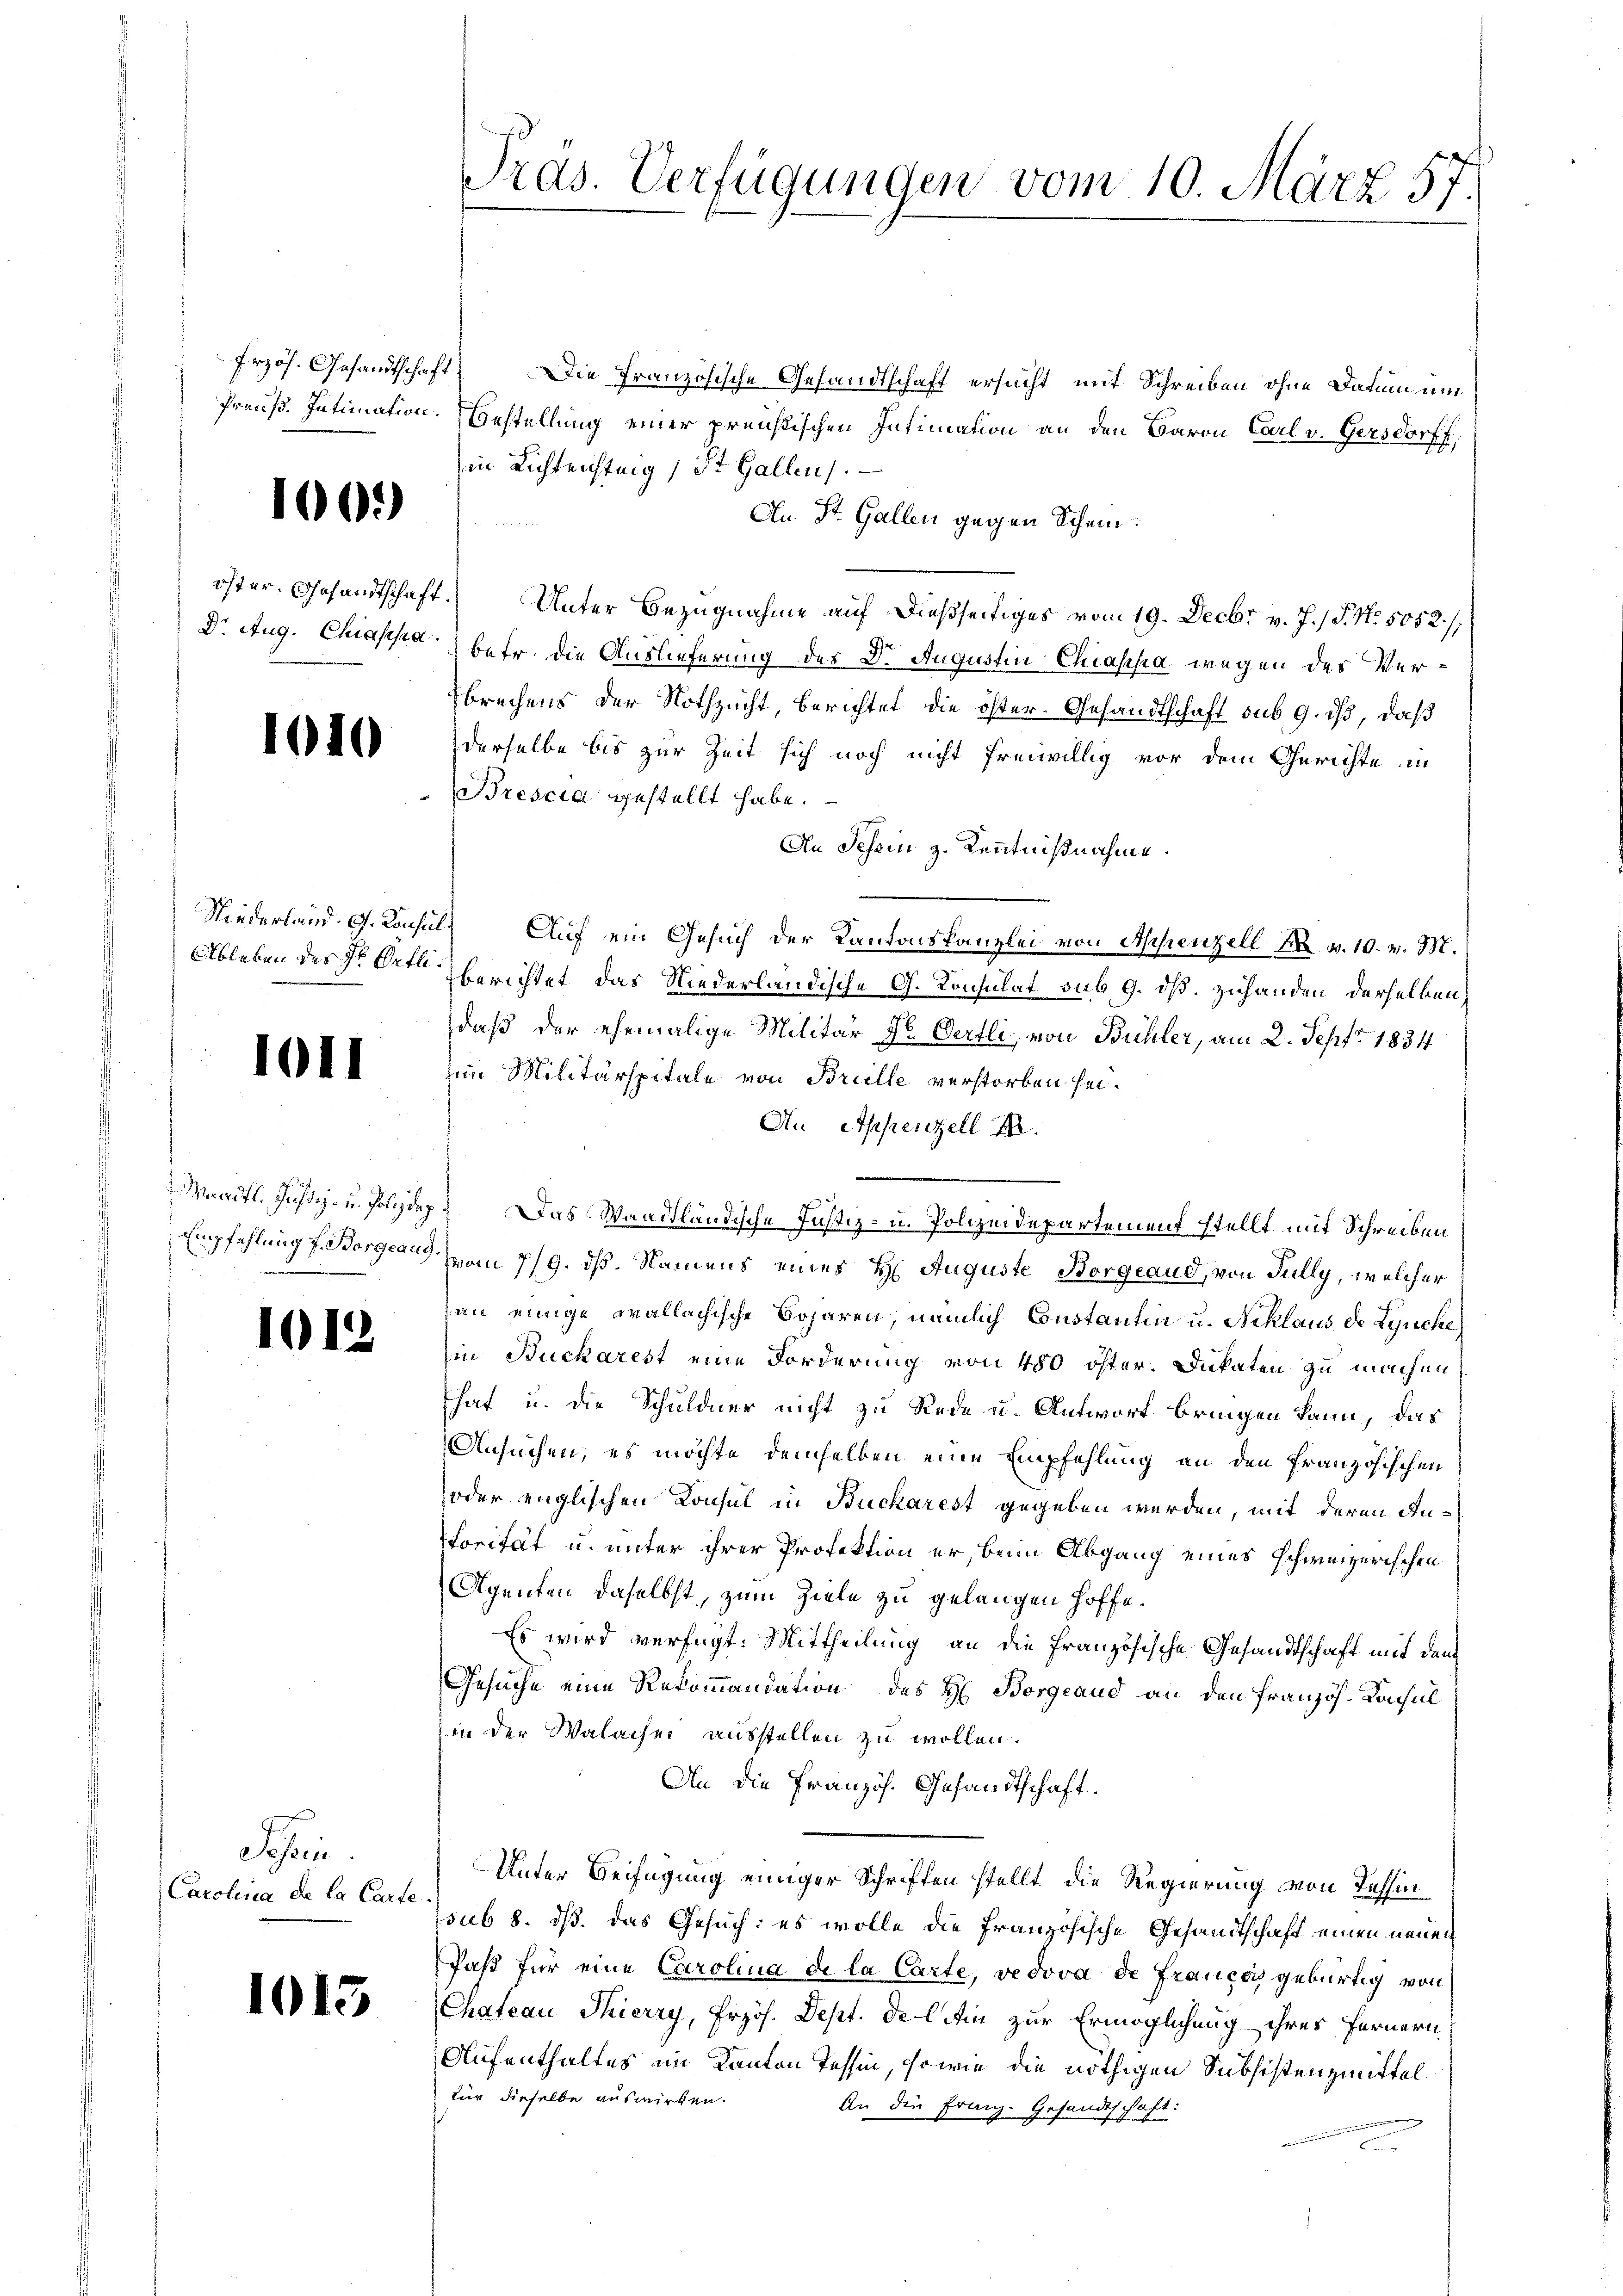
100.

öfter. Gesandtschaft
Dr. Aug. Chiassa.

1010

Niederland. G. Konsin
Ableben des Hr. Oetle

1011

e
Maaits. Justiz- u. Polizdep
Empfehlung f. Borgeang.

1

Schen.
Carolina de la Carte

1

Tras. Verfügungen vom 10. März 57.

frzös. Gesandtschaft. Die Französische Gesandtschaft ersucht mit Schreiben ohne Datum um
Preuß. Intimation. Bestellung einer preußischen Intimation an den Baron Carl v. Gersdorff,
in Lichtensteig, St. Gallen.
An St. Gallen gegen Schein.
1.) Unter Bezugnahme auf dießseitiges vom 19. Decbr. v. J. / 5. No. 5052/
betr. die Auslieferung des 8. Augustin Chiassa wegen des Verbrechens der Nothzucht, berichtet die öster. Gesandtschaft sub 9. ds, daß
derselbe bis zur Zeit sich noch nicht freiwillig vor dem Gerichte in
Brescia gestellt habe.
An Schein z. Kenntnißnahme.
1) Auf ein Gesuch der Kantonskanzlei von Appenzell M. v. 10. v. M.
berichtet, das Niederländische G. Konsulat sub 9. dß. Zuhanden derselben
daß der ehemalige Militär Hr. Oertli, von Bühler, am 2. Sept. 1834
im Militärspitale von Brielle verstorben sei.
An Appenzell I.
 Das Waadtländische Justiz- u. Polizeidepartement stellt mit Schreiben
vom 7/9. dß. Namens eines H. Auguste Borgeaud, von Jully, welcher
an einige wallachische Boharen, nämlich Constantin u. Niklaus de Lynche
in Bucharest eine Forderung von 480 öster. Dukaten zu machen.
That u. die Schuldner nicht zu Rede u. Antwort bringen kann, das
Ansuchen, es möchte demselben eine Empfehlung an den Französischen
oder englischen Konsul in Buckarest gegeben werden, mit deren Antorität u. unter ihrer Profektion er, beim Abgang eines schweizerischen
Agenten daselbst, zum Ziele zu gelangen hoffe.
Es wird verfügt: Mittheilung an die Französische Gesandtschaft mit dem
Gesuche eine Rekommandation des H. Borgeaud an den Französ. Konsul
in der Walacher ausstellen zu wollen.
An die Französ. Gesandtschaft.
Unter Beifügung einiger Schriften stellt die Regierung von Tessin
sub 8. dß das Gesuch: es wolle die französische Gesandtschaft einen neuen
Paßt für eine Carolina de la Carte, vedova de Frauer gebürtig von
Chateau Thierry, Przös. Dept. del Ain zur Ermöglichung ihres fernern
Aufenthaltes im Kanton Tessin, sowie die nöthigen Subsistenzmittel
für dieselbe auswirken.
An die Franz. Gesandtschaft: